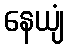
နေယျံ